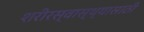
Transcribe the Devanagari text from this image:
शरीरस्वास्थ्यासाठी